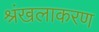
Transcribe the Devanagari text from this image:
श्रंखलाकरण